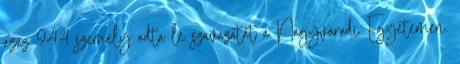
azaz 944 személy adta le szavazatát a Nagyváradi Egyetemen.